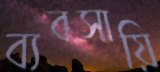
ব্যবসায়ি